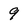
Character: 9